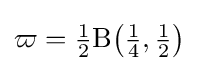
\varpi ={\tfrac {1}{2}}\mathrm {B} {\bigl (}{\tfrac {1}{4}},{\tfrac {1}{2}}{\bigr )}